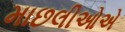
માછલીઓએ